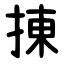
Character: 㨂